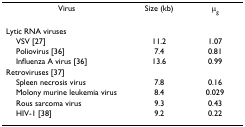
<table><thead><tr><td><b>Virus</b></td><td><b>Size (kb)</b></td><td><b>μ<sub>g</sub></b></td></tr></thead><tbody><tr><td>Lytic RNA viruses</td><td></td><td></td></tr><tr><td> VSV [27]</td><td>11.2</td><td>1.07</td></tr><tr><td> Poliovirus [36]</td><td>7.4</td><td>0.81</td></tr><tr><td> Influenza A virus [36]</td><td>13.6</td><td>0.99</td></tr><tr><td>Retroviruses [37]</td><td></td><td></td></tr><tr><td> Spleen necrosis virus</td><td>7.8</td><td>0.16</td></tr><tr><td> Molony murine leukemia virus</td><td>8.4</td><td>0.029</td></tr><tr><td> Rous sarcoma virus</td><td>9.3</td><td>0.43</td></tr><tr><td> HIV-1 [38]</td><td>9.2</td><td>0.22</td></tr></tbody></table>